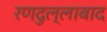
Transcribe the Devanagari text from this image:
रणदुल्लाबाद